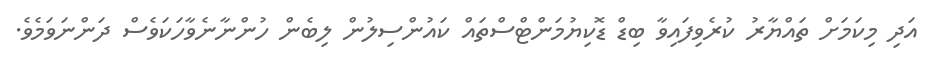
އަދި މިކަމަށް ތައްޔާރު ކުރެވިފައިވާ ބިޑް ޑޮކިޔުމަންޓްސްތައް ކައުންސިލުން ލިބެން ހުންނާނެވާހަކަވެސް ދަންނަވަމެވެ.